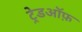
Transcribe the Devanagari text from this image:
ट्रेडऑफ़